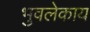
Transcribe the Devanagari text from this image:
भुवलेकाय